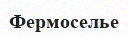
Фермоселье